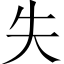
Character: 失